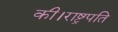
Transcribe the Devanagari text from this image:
की।राष्ट्रपति